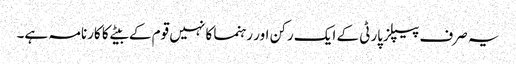
یہ صرف پیپلزپارٹی کے ایک رکن اور رہنما کا نہیں قوم کے بیٹے کا کارنامہ ہے۔